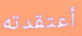
أعتقدته